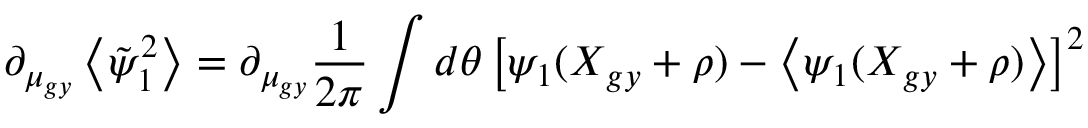
\partial _ { \mu _ { g y } } \left\langle \tilde { \psi } _ { 1 } ^ { 2 } \right\rangle = \partial _ { \mu _ { g y } } \frac { 1 } { 2 \pi } \int d \theta \left[ \psi _ { 1 } ( \boldsymbol { X } _ { g y } + \boldsymbol { \rho } ) - \left\langle \psi _ { 1 } ( \boldsymbol { X } _ { g y } + \boldsymbol { \rho } ) \right\rangle \right] ^ { 2 }